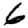
Digit: 6